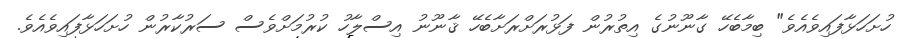
ހުށަހަޅާފައިވެއެވެ" ބިމާބެހޭ ގާނޫނުގެ އިތުރުން ފަޅުރަށްރަށާބެހޭ ޤާނޫނު އިސްލާހު ކުރުމަށްވެސް ސަރުކާރުން ހުށަހަޅާފައިވެއެވެ.